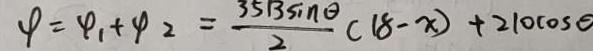
4 = 4 _ { 1 } + 4 _ { 2 } = \frac { 3 5 B \sin \theta } { 2 } ( 1 8 - x ) + 2 1 0 \cos \theta